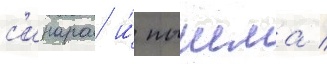
с'инара и́ пышма /